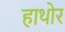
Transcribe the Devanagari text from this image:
हाथोर